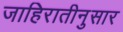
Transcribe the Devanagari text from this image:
जाहिरातीनुसार